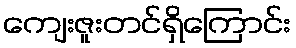
ကျေးဇူးတင်ရှိကြောင်း